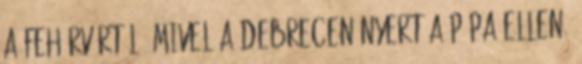
a Fehérvártól. Mivel a Debrecen nyert a Pápa ellen,